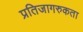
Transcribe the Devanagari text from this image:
प्रतिजागरुकता